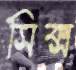
সিক্স